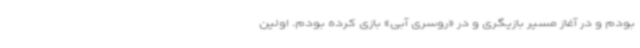
بودم و در آغاز مسیر بازیگری و در «روسری آبی» بازی کرده بودم. اولین